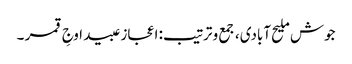
جوش ملیح آبادی، جمع و ترتیب: اعجاز عبید اوجِ قمر ۔